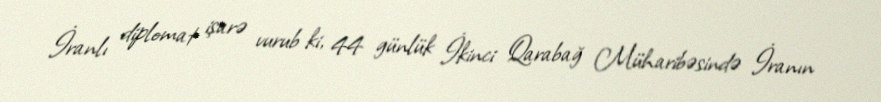
İranlı diplomat işarə vurub ki, 44 günlük İkinci Qarabağ Müharibəsində İranın